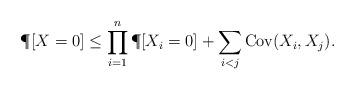
LaTeX: \begin{align*}\P[X=0] \le \prod_{i=1}^n \P[X_i=0] + \sum_{i<j}\mathrm{Cov}(X_i,X_j).\end{align*}